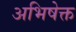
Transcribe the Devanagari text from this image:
अभिषेक्त